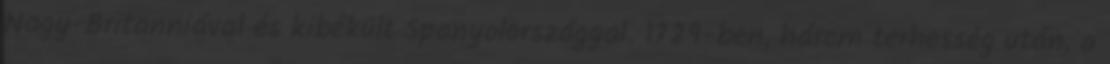
Nagy-Britanniával és kibékült Spanyolországgal. 1729-ben, három terhesség után, a